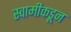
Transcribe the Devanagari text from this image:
स्वामीकडून